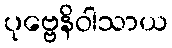
ပုဗ္ဗေနိဝါသာယ